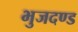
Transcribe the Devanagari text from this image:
भुजदण्ड